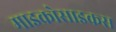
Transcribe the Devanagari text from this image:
माइक्रोसाइकस